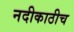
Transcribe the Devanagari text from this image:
नदीकाठीच